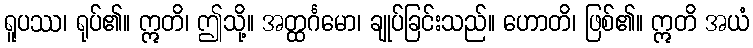
ရူပဿ၊ ရုပ်၏။ ဣတိ၊ ဤသို့။ အတ္ထင်္ဂမော၊ ချုပ်ခြင်းသည်။ ဟောတိ၊ ဖြစ်၏။ ဣတိ အယံ